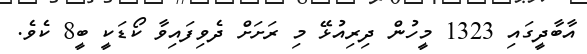
އާބާދީގައި 1323 މީހުން ދިރިއުޅޭ މި ރަށަށް ދެވިފައިވާ ކޯޑަކީ ބީ8 ކެވެ.